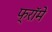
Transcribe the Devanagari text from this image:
फ्रॉमे